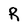
Character: R